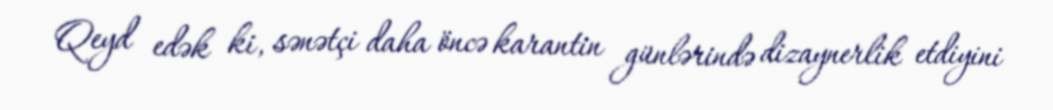
Qeyd edək ki, sənətçi daha öncə karantin günlərində dizaynerlik etdiyini